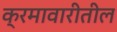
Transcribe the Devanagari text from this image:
क्रमावारीतील